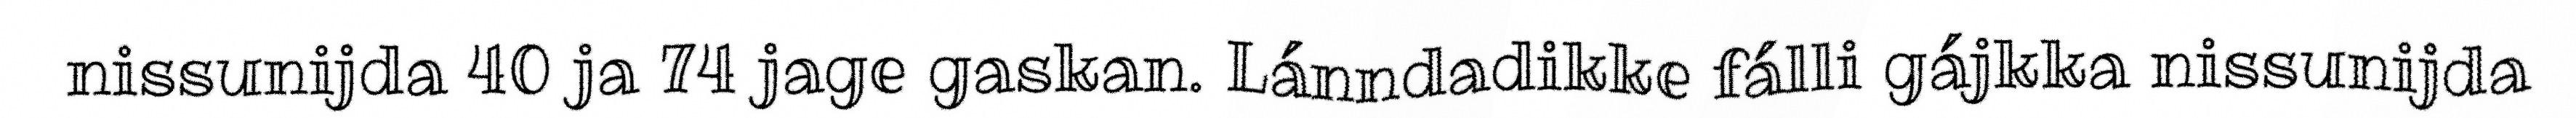
nissunijda 40 ja 74 jage gaskan. Lánndadikke fálli gájkka nissunijda